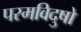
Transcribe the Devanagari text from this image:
परमविदुषो